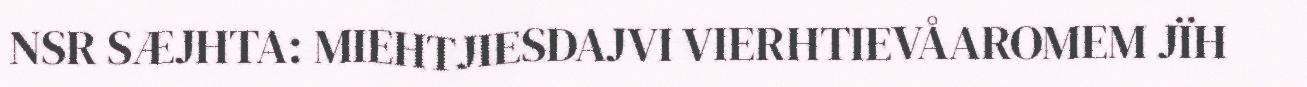
NSR SÆJHTA: MIEHTJIESDAJVI VIERHTIEVÅAROMEM JÏH